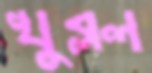
খুব্‌লল